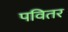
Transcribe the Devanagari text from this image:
पवितर